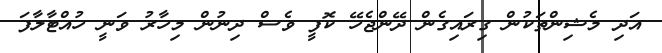
އަދި މެޝިންތަކުން ގިރައިގެން ދޭންޖެހޭ ކޮފީ ވެސް ދިނުން މިހާރު ވަނީ ހުއްޓާލާފަ